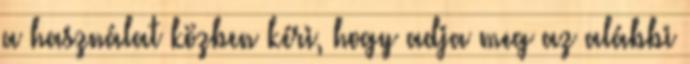
a használat közben kéri, hogy adja meg az alábbi